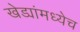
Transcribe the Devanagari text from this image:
खेड्यांमध्येच